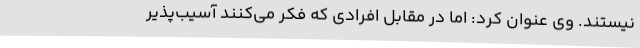
نیستند. وی عنوان کرد: اما در مقابل افرادی که فکر می‌کنند آسیب‌پذیر